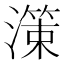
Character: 𭲱